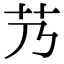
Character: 艿